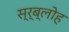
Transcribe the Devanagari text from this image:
स्र्ब्लोह